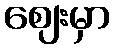
ဈေးမှာ